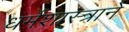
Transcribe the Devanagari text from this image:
धर्मशास्त्राने